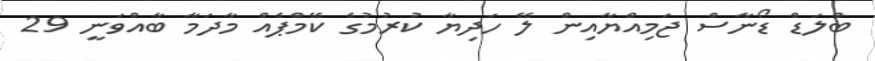
ބްލަޑް ޑޯނާސް ޖަމިއްޔާއިން ލޭ ހަދިޔާ ކުރުމުގެ ކޭމްޕެއް މާދަމާ ބާއްވަނީ 29